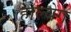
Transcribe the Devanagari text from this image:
होल्वेग